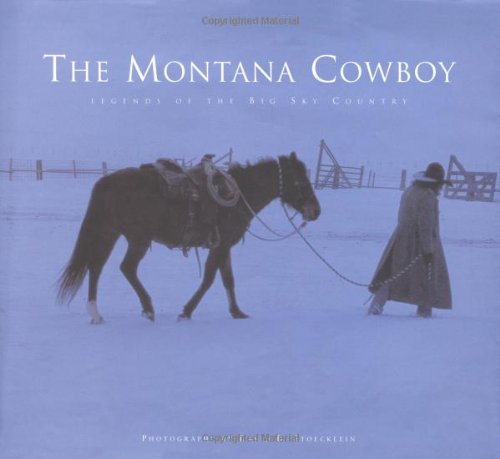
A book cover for The Montana Cowboy: Legends of the Big Sky Country; Patrick Dawson; Travel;